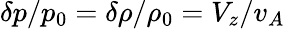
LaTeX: \delta p/p_{0}=\delta\rho/\rho_{0}=V_{z}/v_{A}